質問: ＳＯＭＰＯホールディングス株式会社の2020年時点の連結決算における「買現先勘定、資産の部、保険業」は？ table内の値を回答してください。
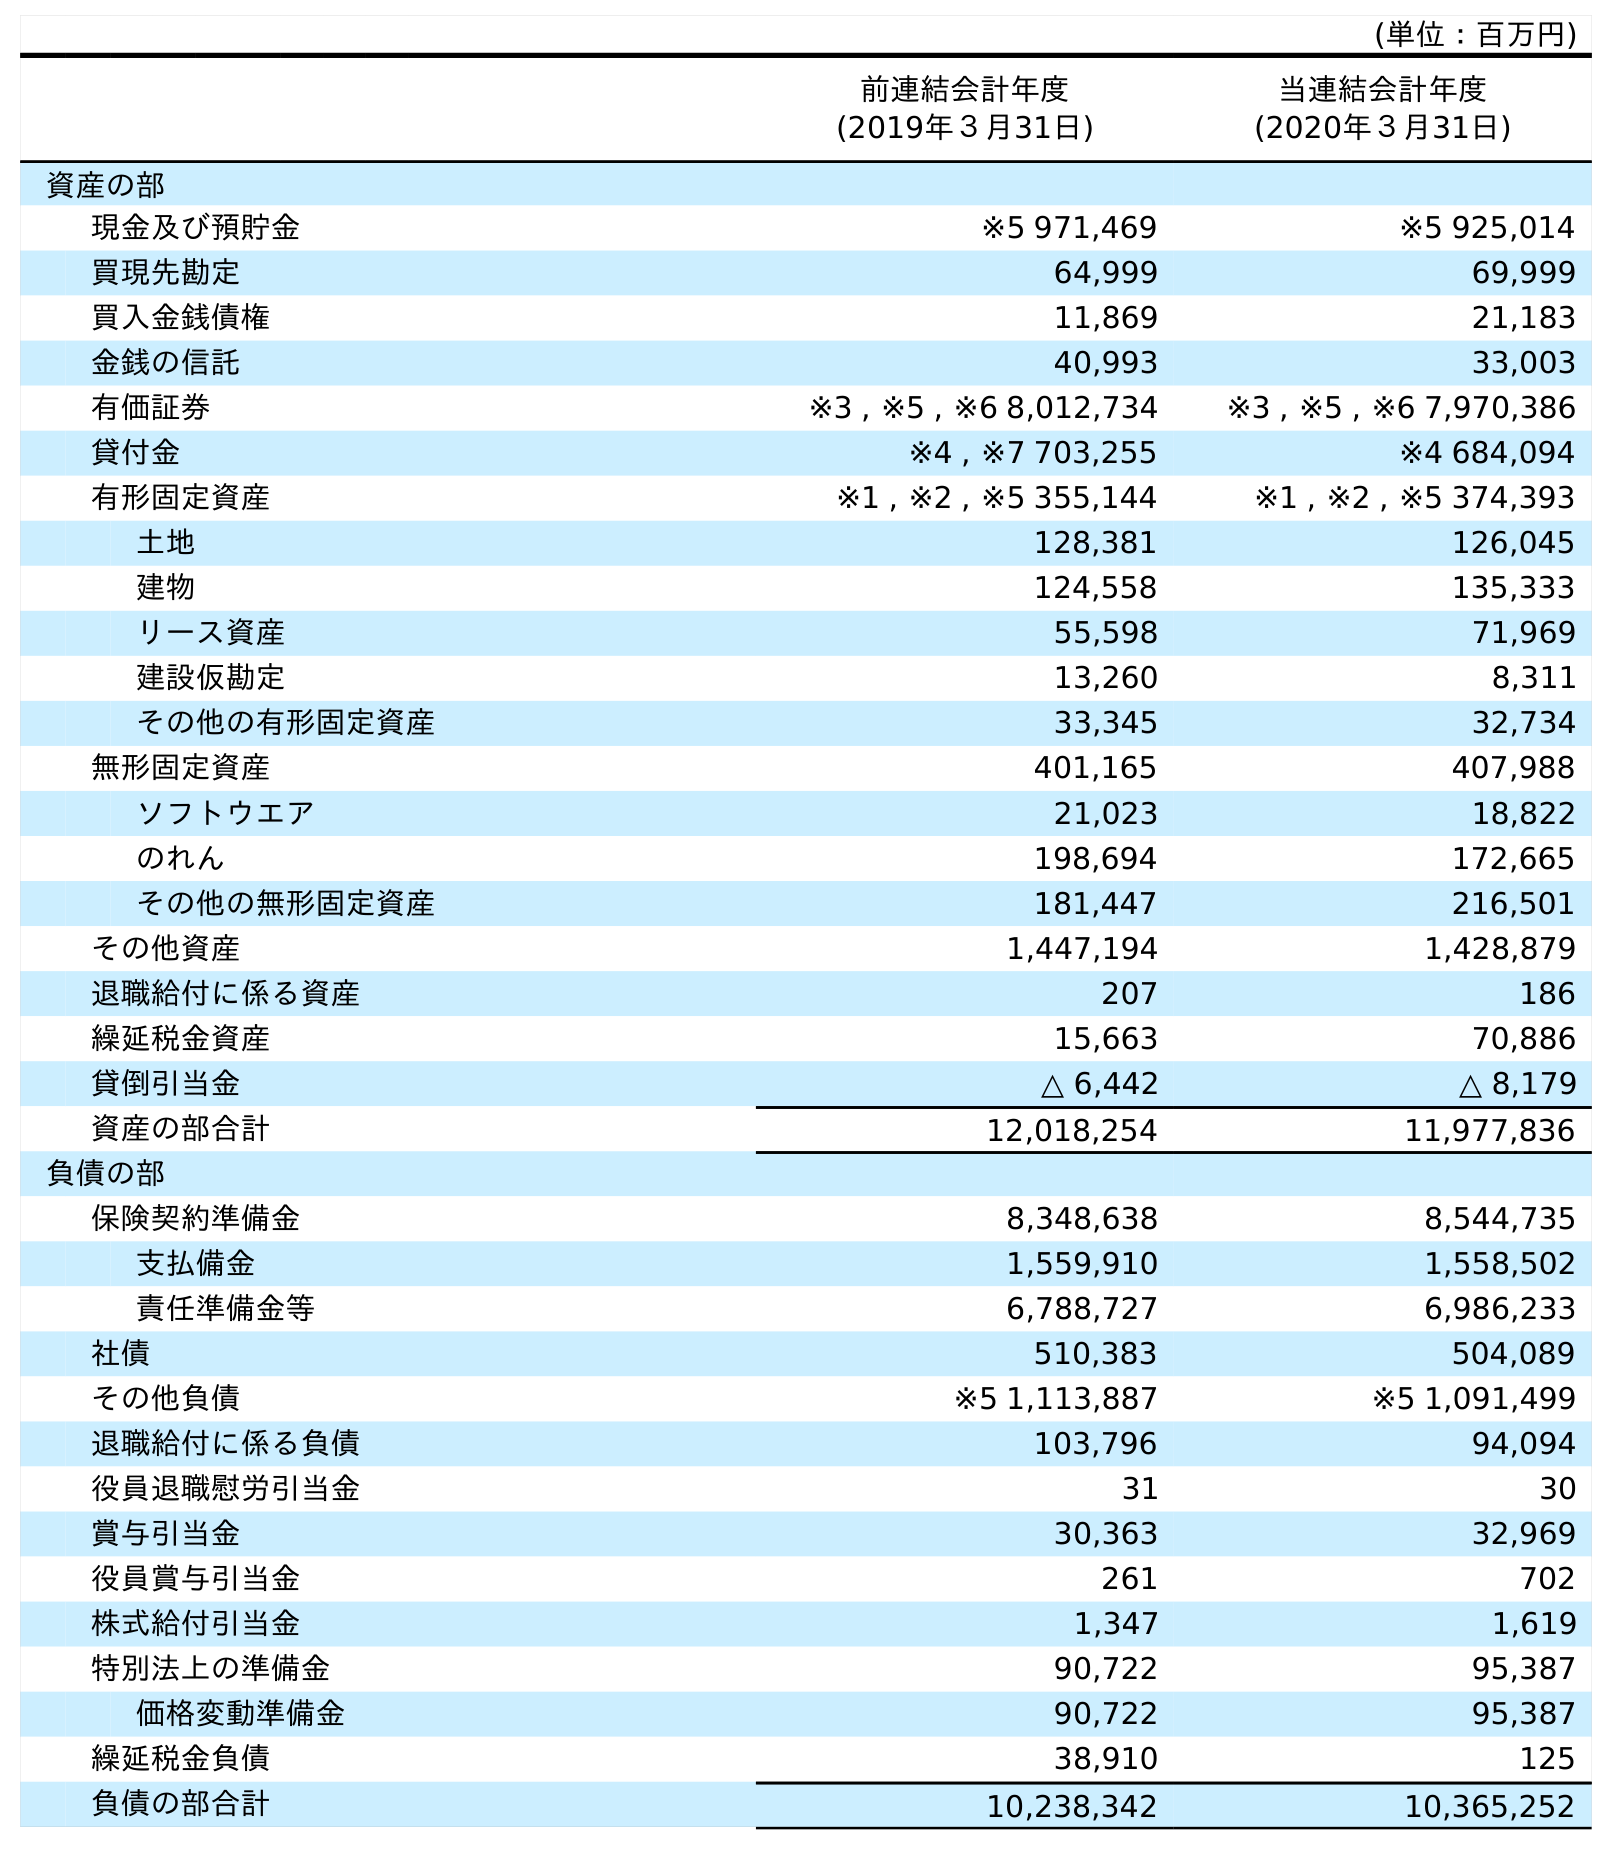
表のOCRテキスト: (単位：百万円) 前連結会計年度 (2019年３月31日) 当連結会計年度 (2020年３月31日) 資産の部 現金及び預貯金 ※5 971,469 ※5 925,014 買現先勘定 64,999 69,999 買入金銭債権 11,869 21,183 金銭の信託 40,993 33,003 有価証券 ※3 , ※5 , ※6 8,012,734 ※3 , ※5 , ※6 7,970,386 貸付金 ※4 , ※7 703,255 ※4 684,094 有形固定資産 ※1 , ※2 , ※5 355,144 ※1 , ※2 , ※5 374,393 土地 128,381 126,045 建物 124,558 135,333 リース資産 55,598 71,969 建設仮勘定 13,260 8,311 その他の有形固定資産 33,345 32,734 無形固定資産 401,165 407,988 ソフトウエア 21,023 18,822 のれん 198,694 172,665 その他の無形固定資産 181,447 216,501 その他資産 1,447,194 1,428,879 退職給付に係る資産 207 186 繰延税金資産 15,663 70,886 貸倒引当金 △ 6,442 △ 8,179 資産の部合計 12,018,254 11,977,836 負債の部 保険契約準備金 8,348,638 8,544,735 支払備金 1,559,910 1,558,502 責任準備金等 6,788,727 6,986,233 社債 510,383 504,089 その他負債 ※5 1,113,887 ※5 1,091,499 退職給付に係る負債 103,796 94,094 役員退職慰労引当金 31 30 賞与引当金 30,363 32,969 役員賞与引当金 261 702 株式給付引当金 1,347 1,619 特別法上の準備金 90,722 95,387 価格変動準備金 90,722 95,387 繰延税金負債 38,910 125 負債の部合計 10,238,342 10,365,252
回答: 69,999